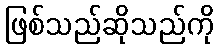
ဖြစ်သည်ဆိုသည်ကို